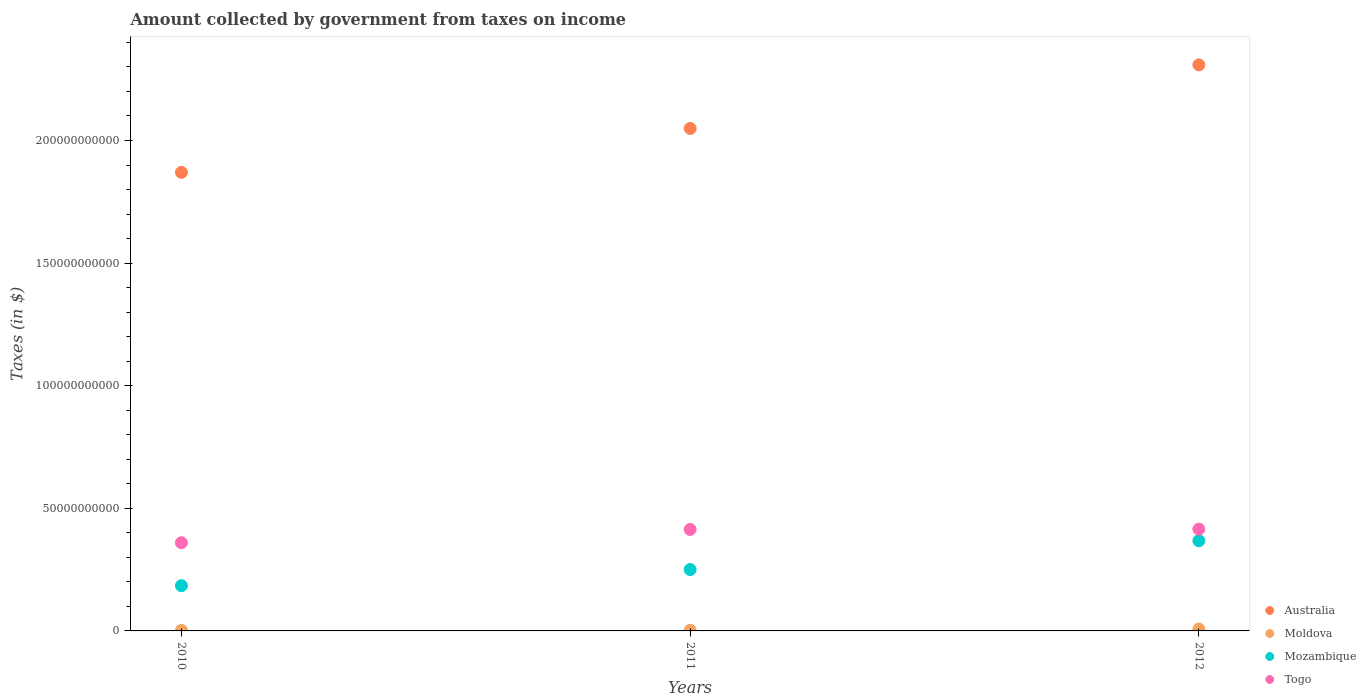
| Years | Australia | Moldova | Mozambique | Togo |
 | --- | --- | --- | --- | --- |
 | 2010 | 1.87e+11 | 2.16e+08 | 1.84e+10 | 3.6e+10 |
 | 2011 | 2.05e+11 | 2.58e+08 | 2.5e+10 | 4.14e+10 |
 | 2012 | 2.31e+11 | 7.7e+08 | 3.68e+10 | 4.15e+10 |